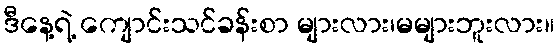
ဒီနေ့ရဲ့ ကျောင်းသင်ခန်းစာ များလား၊မများဘူးလား။